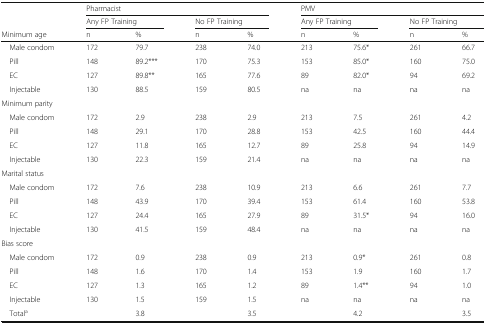
<table><thead><tr><td rowspan="2"></td><td colspan="4"><b>Pharmacist</b></td><td colspan="4"><b>PMV</b></td></tr><tr><td colspan="2"><b>Any FP Training</b></td><td colspan="2"><b>No FP Training</b></td><td colspan="2"><b>Any FP Training</b></td><td colspan="2"><b>No FP Training</b></td></tr><tr><td><b>Minimum age</b></td><td><b>n</b></td><td><b>%</b></td><td><b>n</b></td><td><b>%</b></td><td><b>n</b></td><td><b>%</b></td><td><b>n</b></td><td><b>%</b></td></tr></thead><tbody><tr><td> Male condom</td><td>172</td><td>79.7</td><td>238</td><td>74.0</td><td>213</td><td>75.6*</td><td>261</td><td>66.7</td></tr><tr><td> Pill</td><td>148</td><td>89.2***</td><td>170</td><td>75.3</td><td>153</td><td>85.0*</td><td>160</td><td>75.0</td></tr><tr><td> EC</td><td>127</td><td>89.8**</td><td>165</td><td>77.6</td><td>89</td><td>82.0*</td><td>94</td><td>69.2</td></tr><tr><td> Injectable</td><td>130</td><td>88.5</td><td>159</td><td>80.5</td><td>na</td><td>na</td><td>na</td><td>na</td></tr><tr><td colspan="9">Minimum parity</td></tr><tr><td> Male condom</td><td>172</td><td>2.9</td><td>238</td><td>2.9</td><td>213</td><td>7.5</td><td>261</td><td>4.2</td></tr><tr><td> Pill</td><td>148</td><td>29.1</td><td>170</td><td>28.8</td><td>153</td><td>42.5</td><td>160</td><td>44.4</td></tr><tr><td> EC</td><td>127</td><td>11.8</td><td>165</td><td>12.7</td><td>89</td><td>25.8</td><td>94</td><td>14.9</td></tr><tr><td> Injectable</td><td>130</td><td>22.3</td><td>159</td><td>21.4</td><td>na</td><td>na</td><td>na</td><td>na</td></tr><tr><td colspan="9">Marital status</td></tr><tr><td> Male condom</td><td>172</td><td>7.6</td><td>238</td><td>10.9</td><td>213</td><td>6.6</td><td>261</td><td>7.7</td></tr><tr><td> Pill</td><td>148</td><td>43.9</td><td>170</td><td>39.4</td><td>153</td><td>61.4</td><td>160</td><td>53.8</td></tr><tr><td> EC</td><td>127</td><td>24.4</td><td>165</td><td>27.9</td><td>89</td><td>31.5*</td><td>94</td><td>16.0</td></tr><tr><td> Injectable</td><td>130</td><td>41.5</td><td>159</td><td>48.4</td><td>na</td><td>na</td><td>na</td><td>na</td></tr><tr><td colspan="9">Bias score</td></tr><tr><td> Male condom</td><td>172</td><td>0.9</td><td>238</td><td>0.9</td><td>213</td><td>0.9*</td><td>261</td><td>0.8</td></tr><tr><td> Pill</td><td>148</td><td>1.6</td><td>170</td><td>1.4</td><td>153</td><td>1.9</td><td>160</td><td>1.7</td></tr><tr><td> EC</td><td>127</td><td>1.3</td><td>165</td><td>1.2</td><td>89</td><td>1.4**</td><td>94</td><td>1.0</td></tr><tr><td> Injectable</td><td>130</td><td>1.5</td><td>159</td><td>1.5</td><td>na</td><td>na</td><td>na</td><td>na</td></tr><tr><td> Total<sup>a</sup></td><td></td><td>3.8</td><td></td><td>3.5</td><td></td><td>4.2</td><td></td><td>3.5</td></tr></tbody></table>